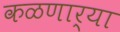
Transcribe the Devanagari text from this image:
कळणार्‍या